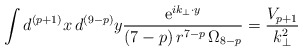
\begin{align*}\int d^{(p+1)}x\,d^{(9-p)}y \frac{{\rm e}^{i k_{\bot} \cdot y}}{(7-p)\,r^{7-p}\,\Omega_{8-p}}= \frac{V_{p+1}}{k_\bot^2}\end{align*}